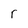
Character: r